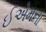
ઈએમના